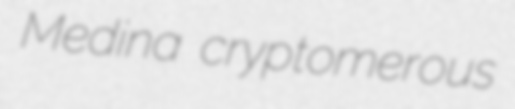
Medina cryptomerous